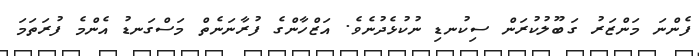
ފެންނަ މަންޒަރު ގަބޫލުކުރަން ސިކުނޑި ނުކުޅެދުނެވެ. އަޒްހާންގެ ފުރާނަނެތް މަސްގަނޑު އެންމެ ފުރަތަމަ